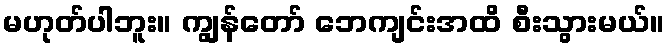
မဟုတ်ပါဘူး။ ကျွန်တော် ဘေကျင်းအထိ စီးသွားမယ်။